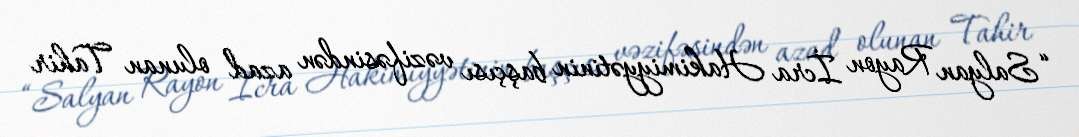
“Salyan Rayon İcra Hakimiyyətinin başçısı vəzifəsindən azad olunan Tahir